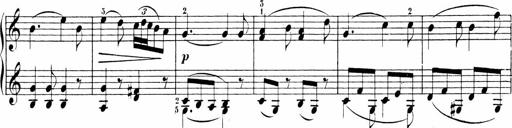
Title: Sonatinen Op.47, 98 und 136, nebst 6 Liedersonatinen
Composer: Carl Reinecke